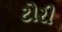
ટોરી